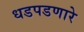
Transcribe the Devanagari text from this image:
धडपडणारे